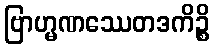
ဗြာဟ္မဏဿေတဒကိဉ္စိ